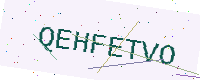
Text: QEHFETVO